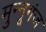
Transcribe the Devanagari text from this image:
मुन्नूगंज